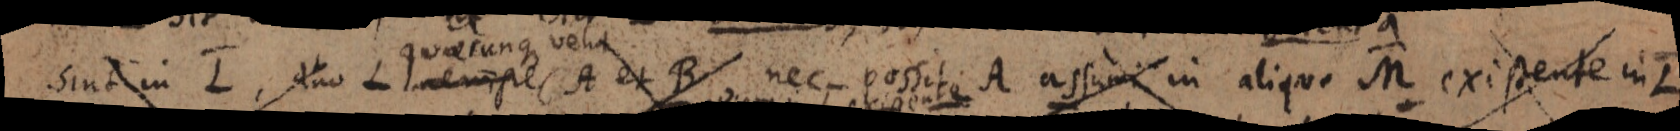
sint in L, duo L nempe A et B nec possit A assumi in aliquo M existente in L